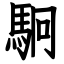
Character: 駉